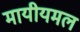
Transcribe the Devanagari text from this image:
मायीयमल